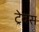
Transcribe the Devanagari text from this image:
ट्रेवस